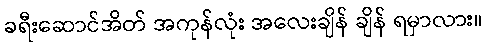
ခရီးဆောင်အိတ် အကုန်လုံး အလေးချိန် ချိန် ရမှာလား။